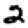
Digit: 2